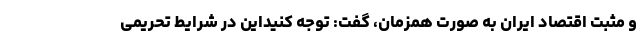
و مثبت اقتصاد ایران به صورت همزمان، گفت: توجه کنیداین در شرایط تحریمی